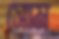
সোম